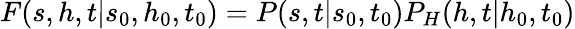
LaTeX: F(s,h,t|s_{0},h_{0},t_{0})=P(s,t|s_{0},t_{0})P_{H}(h,t|h_{0},t_{0})